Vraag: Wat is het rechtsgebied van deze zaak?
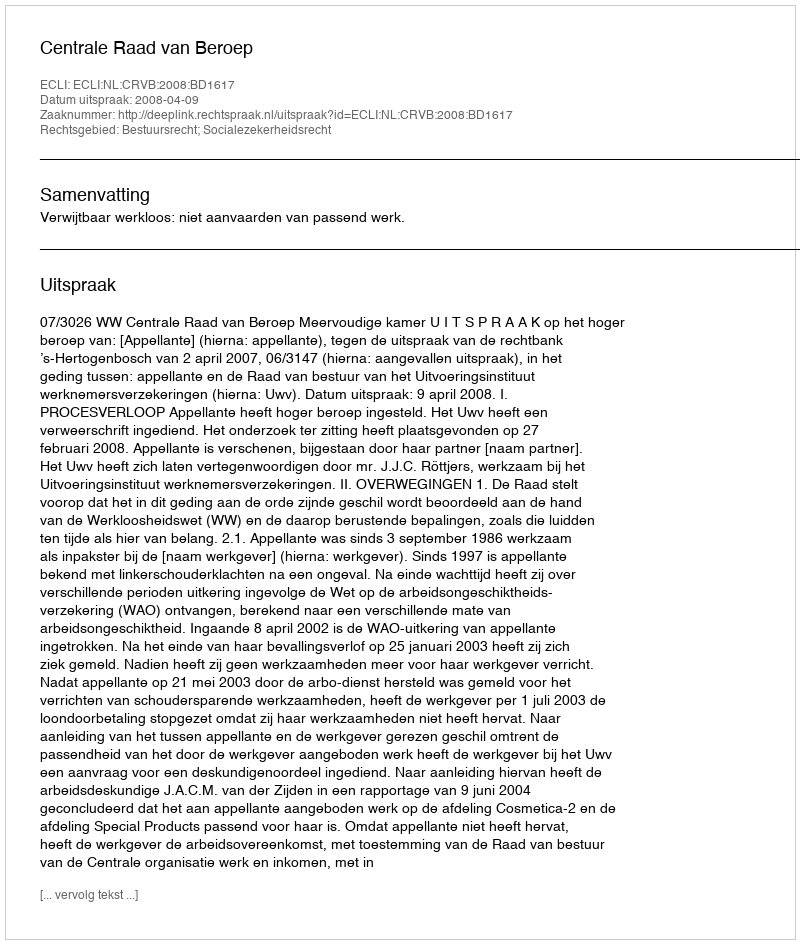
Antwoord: Bestuursrecht; Socialezekerheidsrecht